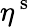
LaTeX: \eta^{\mathrm{~s~}}